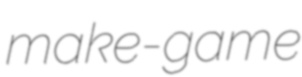
make-game